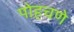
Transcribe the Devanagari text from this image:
पोहचणे